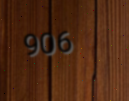
906